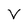
Character: V